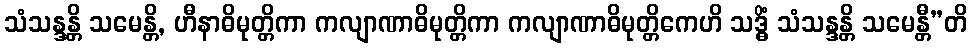
သံသန္ဒန္တိ သမေန္တိ, ဟီနာဓိမုတ္တိကာ ကလျာဏာဓိမုတ္တိကာ ကလျာဏာဓိမုတ္တိကေဟိ သဒ္ဓိံ သံသန္ဒန္တိ သမေန္တီ”တိ